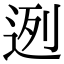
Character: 迾